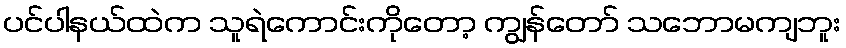
ပင်ပါနယ်ထဲက သူရဲကောင်းကိုတော့ ကျွန်တော် သဘောမကျဘူး